Malaria in the Andamans - Number 56
Disease focus: Malaria
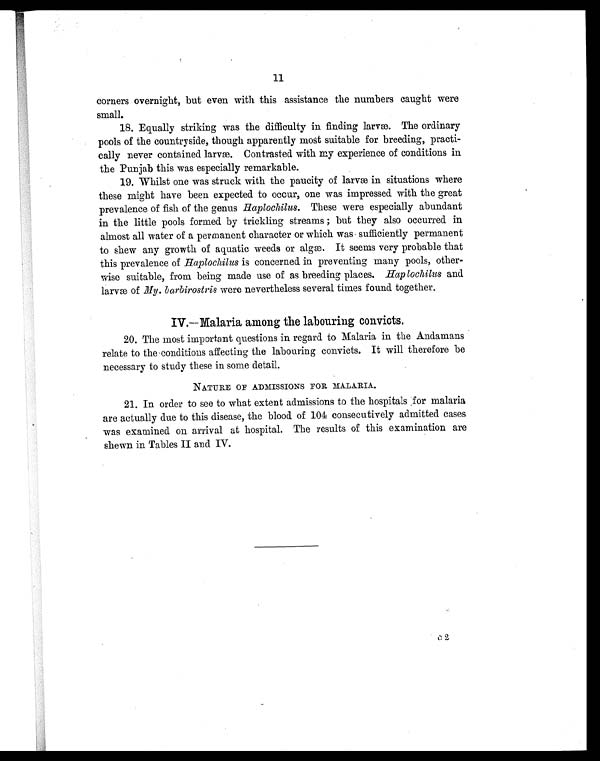
11
corners overnight, but even with this assistance the numbers caught were
small.
18. Equally striking was the difficulty in finding larvæ. The ordinary
pools of the countryside, though apparently most suitable for breeding, practi-
cally never contained larvæ. Contrasted with my experience of conditions in
the Punjab this was especially remarkable.
19. Whilst one was struck with the paucity of larvæ in situations where
these might have been expected to occur, one was impressed with the great
prevalence of fish of the genus Haplochilus. These were especially abundant
in the little pools formed by trickling streams ; but they also occurred in
almost all water of a permanent character or which was sufficiently permanent
to shew any growth of aquatic weeds or algæ. It seems very probable that
this prevalence of Haplochilus is concerned in preventing many pools, other-
wise suitable, from being made use of as breeding places. Haplochilus and
larvæ of My. barbirostris were nevertheless several times found together.
IV.—Malaria among the labouring convicts.
20. The most important questions in regard to Malaria in the Andamans
relate to the conditions affecting the labouring convicts. It will therefore be
necessary to study these in some detail.
NATURE OF ADMISSIONS FOR MALARIA.
21. In order to see to what extent admissions to the hospitals for malaria
are actually due to this disease, the blood of 104 consecutively admitted cases
was examined on arrival at hospital. The results of this examination are
shewn in Tables II and IV.
c 2